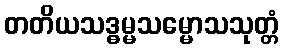
တတိယသဒ္ဓမ္မသမ္မောသသုတ္တံ